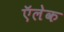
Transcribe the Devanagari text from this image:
ऍलेक